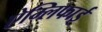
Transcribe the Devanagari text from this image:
ऐम्लिफाई